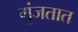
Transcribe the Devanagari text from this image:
गुंजतात